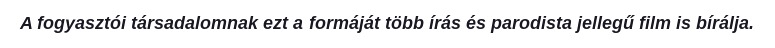
A fogyasztói társadalomnak ezt a formáját több írás és parodista jellegű film is bírálja.